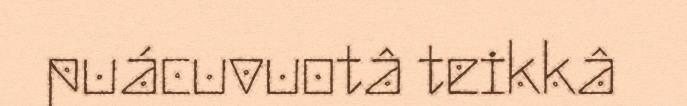
puácuvuotâ teikkâ